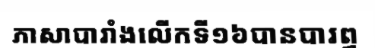
ភាសាបារាំងលើកទី១៦បានបារព្ធ